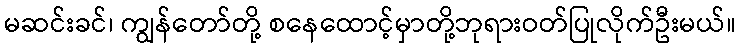
မဆင်းခင်၊ ကျွန်တော်တို့ စနေထောင့်မှာတို့ဘုရားဝတ်ပြုလိုက်ဦးမယ်။